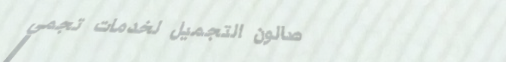
صالون التجميل لخدمات تجمي